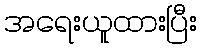
အရေးယူထားပြီး